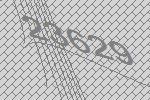
23629